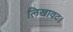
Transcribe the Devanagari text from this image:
लिखावट।